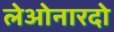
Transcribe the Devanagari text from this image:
लेओनारदो